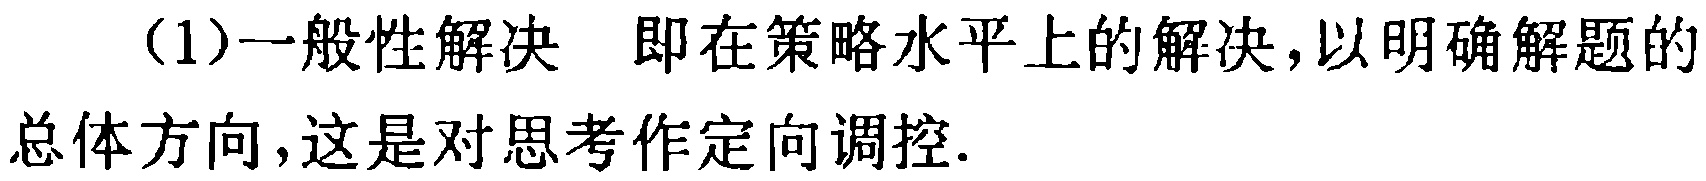
（1）一般性解决 即在策略水平上的解决，以明确解题的总体方向，这是对思考作定向调控.